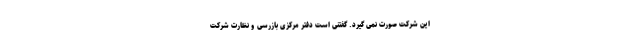
این شرکت صورت نمی گیرد. گفتنی است دفتر مرکزی بازرسی و نظارت شرکت